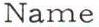
Name